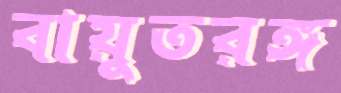
বায়ুতরঙ্গ